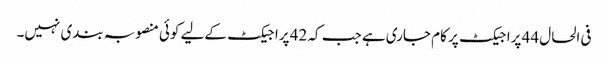
فی الحال 44 پراجیکٹ پر کام جاری ہے جب کہ 42 پراجیکٹ کےلیے کوئی منصوبہ بندی نہیں۔